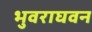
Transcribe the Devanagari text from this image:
भुवराघवन